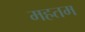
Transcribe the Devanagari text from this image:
महतम